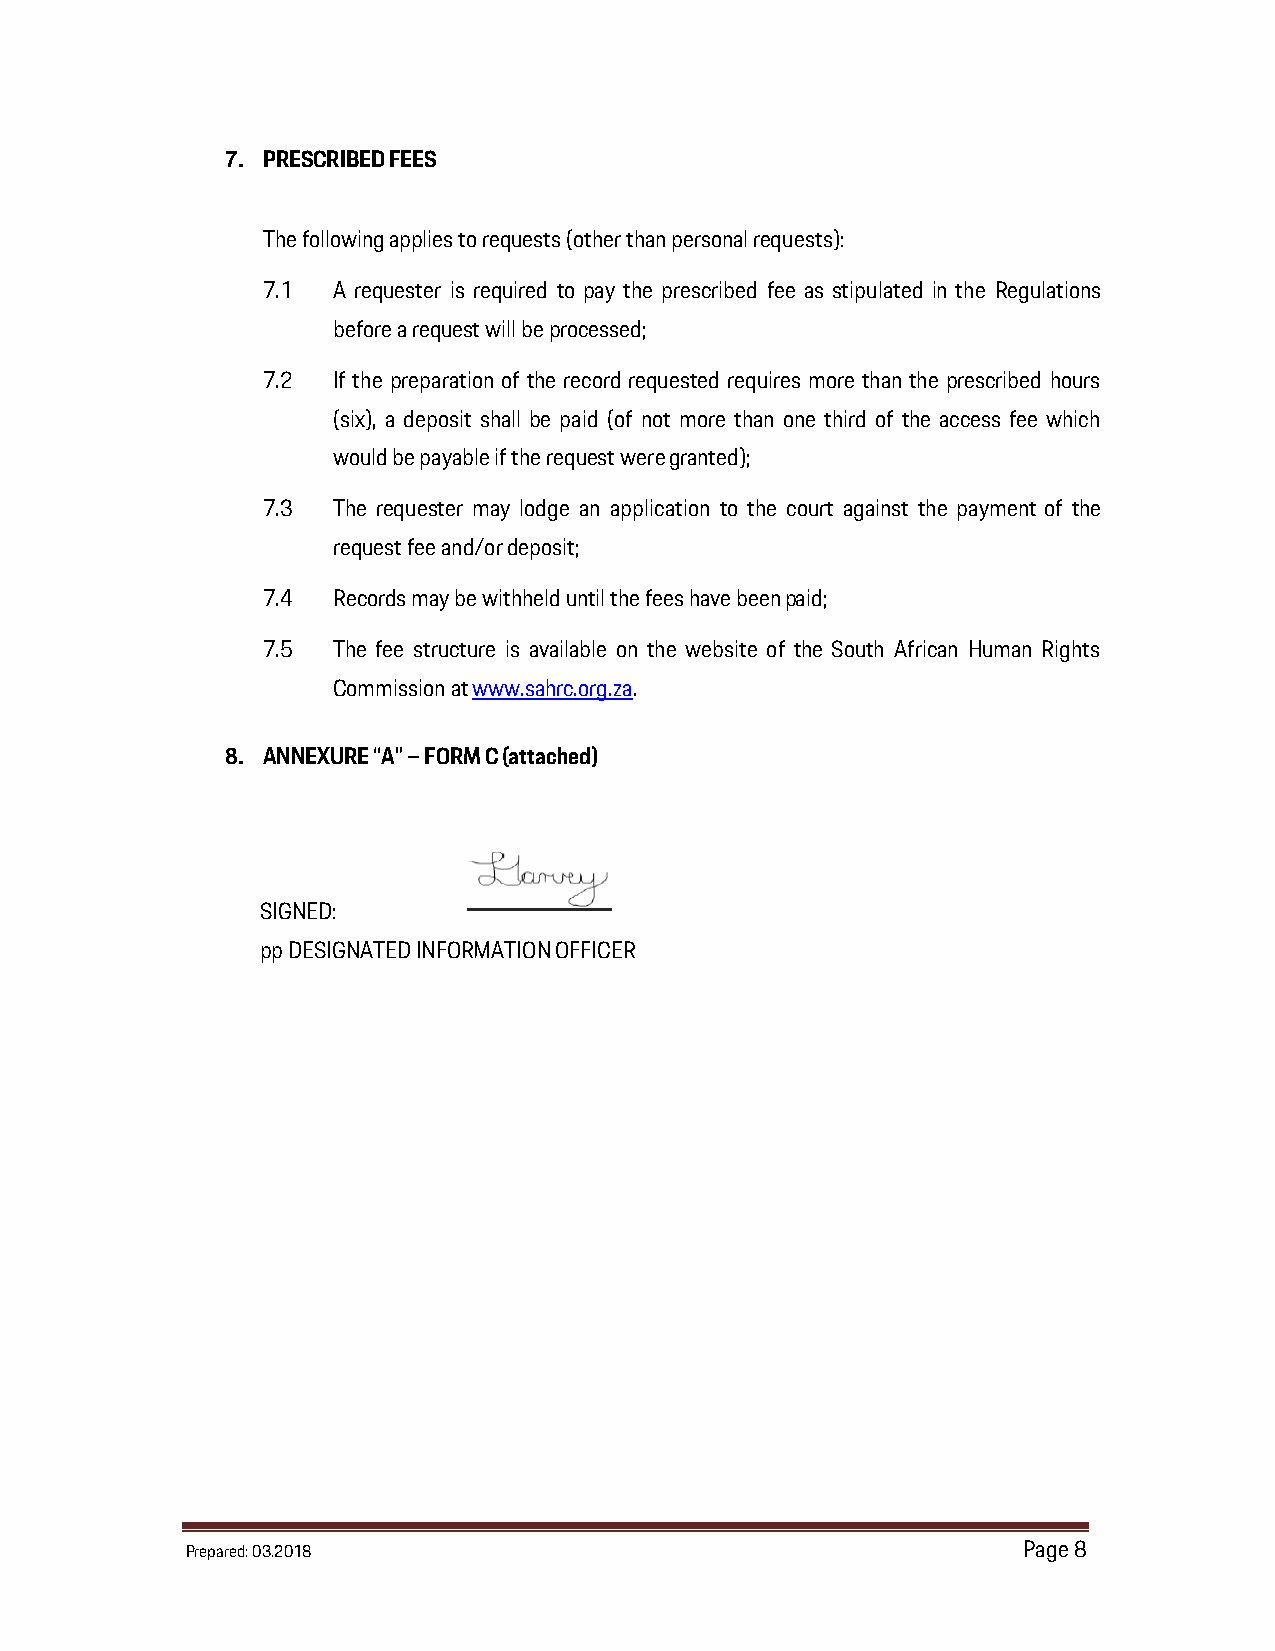
7. PRESCRIBED FEES
 The following applies to requests (other than personal requests):
 7.1  A requester is required to pay the prescribed fee as stipulated in the Regulations
 before a request will be processed;
 7.2  If the preparation of the record requested requires more than the prescribed hours
 (six), a deposit shall be paid (of not more than one third of the access fee which
 would be payable if the request were granted);
 7.3  The requester may lodge an application to the court against the payment of the
 request fee and/or deposit;
 7.4  Records may be withheld until the fees have been paid;
 7.5  The fee structure is available on the website of the South African Human Rights
 Commission at www.sahrc.org.za.
 8. ANNEXURE “A” – FORM C (attached)
 SIGNED:
 pp DESIGNATED INFORMATION OFFICER
 Prepared: 03.2018                                       Page 8